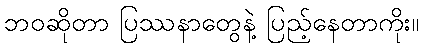
ဘဝဆိုတာ ပြဿနာတွေနဲ့ ပြည့်နေတာကိုး။